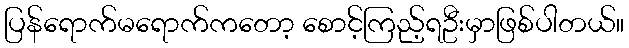
ပြန်ရောက်မရောက်ကတော့ စောင့်ကြည့်ရဦးမှာဖြစ်ပါတယ်။